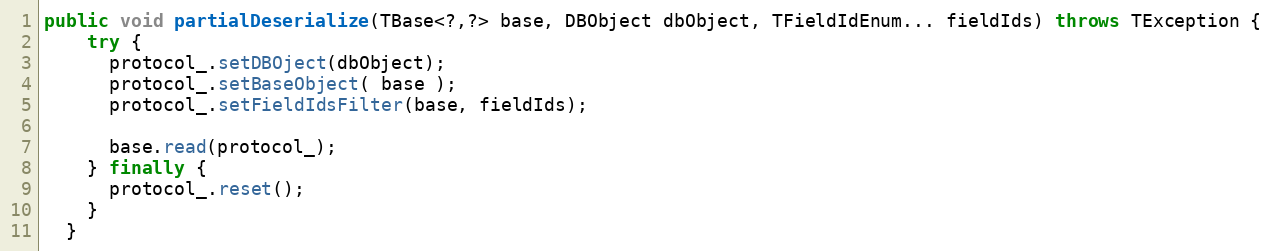
Language: Java
public void partialDeserialize(TBase<?,?> base, DBObject dbObject, TFieldIdEnum... fieldIds) throws TException {
    try {
      protocol_.setDBOject(dbObject);
      protocol_.setBaseObject( base );
      protocol_.setFieldIdsFilter(base, fieldIds);

      base.read(protocol_);
    } finally {
      protocol_.reset();
    }
  }